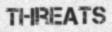
THREATS